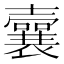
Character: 𡄜